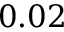
0 . 0 2